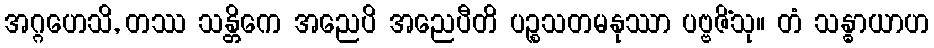
အဂ္ဂဟေသိ, တဿ သန္တိကေ အညေပိ အညေပီတိ ပဉ္စသတမနုဿာ ပဗ္ဗဇိံသု။ တံ သန္ဓာယာဟ